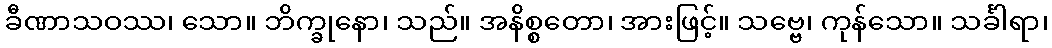
ခီဏာသဝဿ၊ သော။ ဘိက္ခုနော၊ သည်။ အနိစ္စတော၊ အားဖြင့်။ သဗ္ဗေ၊ ကုန်သော။ သင်္ခါရာ၊